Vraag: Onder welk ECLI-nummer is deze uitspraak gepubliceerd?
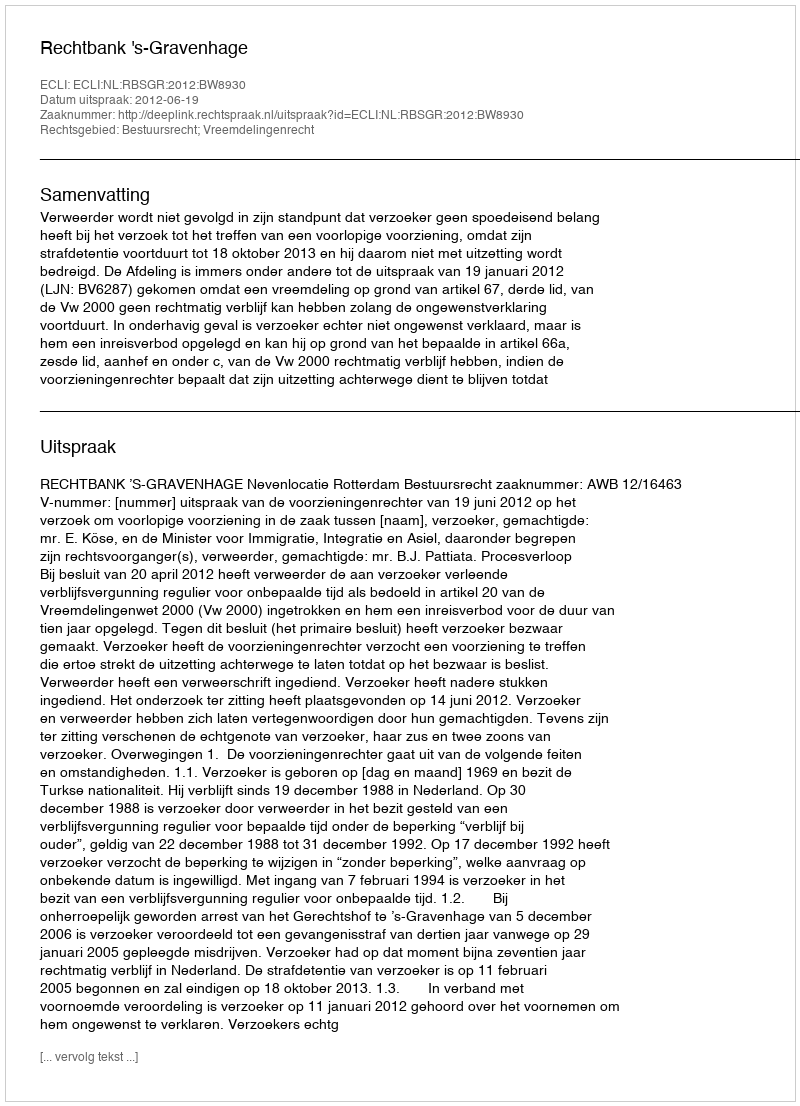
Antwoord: ECLI:NL:RBSGR:2012:BW8930